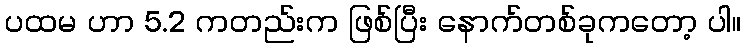
ပထမ ဟာ 5.2 ကတည်းက ဖြစ်ပြီး နောက်တစ်ခုကတော့ ပါ။